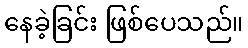
နေခဲ့ခြင်း ဖြစ်ပေသည်။